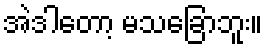
အဲဒါတော့ မသခြောဘူး။